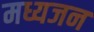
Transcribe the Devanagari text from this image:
मध्यजन